Annual report of the Punjab Veterinary College and of the Civil Veterinary Department, Punjab - 1926-1932
Year: 1926
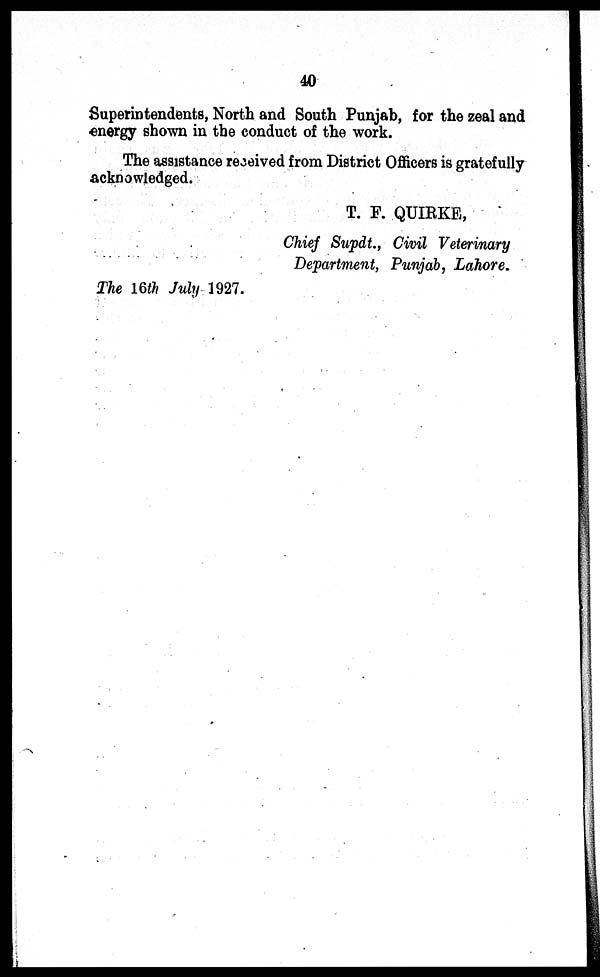
40
Superintendents, North and South Punjab, for the zeal and
energy shown in the conduct of the work.
The assistance received from District Officers is gratefully
acknowledged.
T. F. QUIRKE,
Chief Supdt., Civil Veterinary
Department, Punjab, Lahore.
The 16th July 1927.